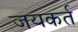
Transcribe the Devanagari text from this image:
जयकर्त